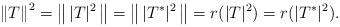
LaTeX: \begin{align*}\left\| T \right\|^2=\left\|\,| T |^2\,\right\|=\left\|\,| T^* |^2\,\right\|=r(| T |^2)=r(| T^* |^2).\end{align*}